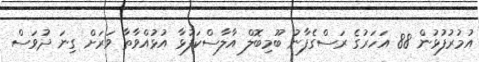
އުމުރުފުޅުން 88 އަހަރުގެ ރަސްގެފާނު ބޫމިބޮލް އާލާސްކަފުޅާ އުޅުއްވާތާ ވަރަށް ގިނަ ދުވަސް